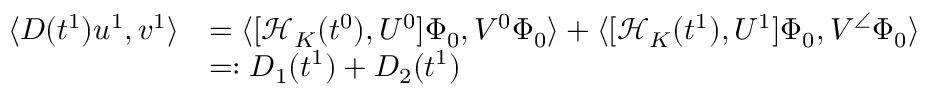
\begin{array} { r l } { \langle D ( t ^ { 1 } ) u ^ { 1 } , v ^ { 1 } \rangle } & { = \langle [ \mathcal { H } _ { K } ( t ^ { 0 } ) , U ^ { 0 } ] \Phi _ { 0 } , V ^ { 0 } \Phi _ { 0 } \rangle + \langle [ \mathcal { H } _ { K } ( t ^ { 1 } ) , U ^ { 1 } ] \Phi _ { 0 } , V ^ { \angle } \Phi _ { 0 } \rangle } \\ & { = : D _ { 1 } ( t ^ { 1 } ) + D _ { 2 } ( t ^ { 1 } ) } \end{array}